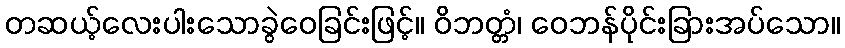
တဆယ့်လေးပါးသောခွဲဝေခြင်းဖြင့်။ ဝိဘတ္တံ၊ ဝေဘန်ပိုင်းခြားအပ်သော။